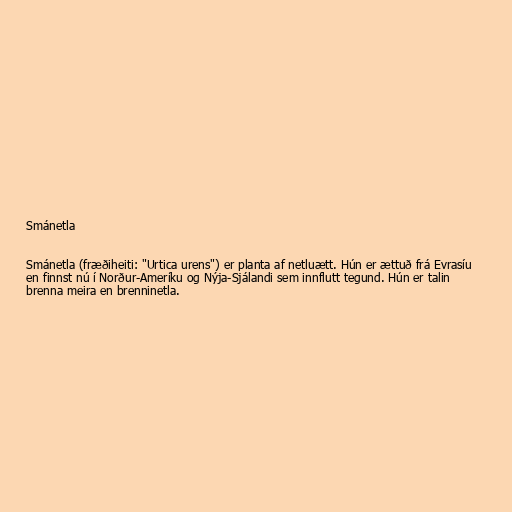
Smánetla

Smánetla (fræðiheiti: "Urtica urens") er planta af netluætt. Hún er ættuð frá Evrasíu
en finnst nú í Norður-Ameríku og Nýja-Sjálandi sem innflutt tegund. Hún er talin
brenna meira en brenninetla.